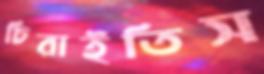
চিরাইতিস